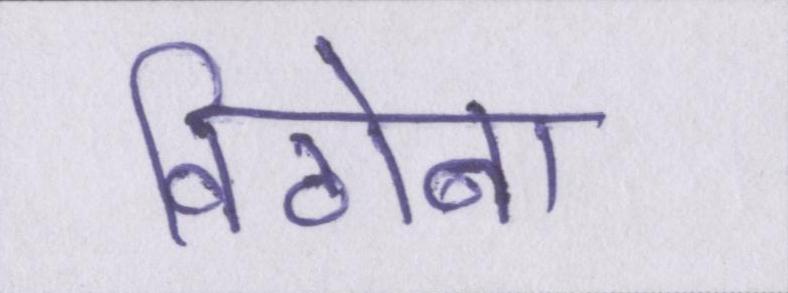
विठोबा